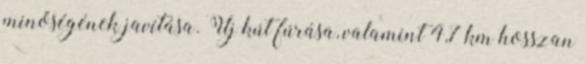
minőségének javítása. Új kút fúrása, valamint 4,7 km hosszan